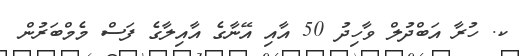
ކ. ހުރާ އަބްދުލް ވާހިދު 50 އާއި އޭނާގެ އާއިލާގެ ފަސް މެމްބަރުން